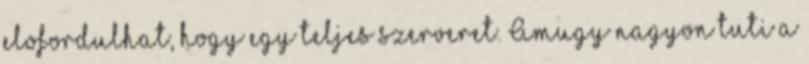
elofordulhat, hogy egy teljes szerveret. Amugy nagyon tuti a